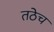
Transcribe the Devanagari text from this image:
तठेच